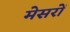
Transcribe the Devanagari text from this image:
मेसरों